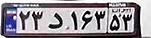
۲۳د۱۶۳۵۳